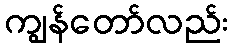
ကျွန်တော်လည်း